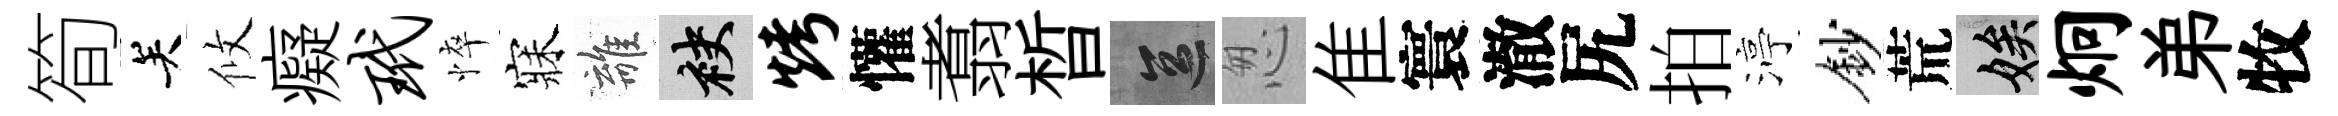
筍关攸癡玳悴寐離袂烤懽翥晳區怱隹寰澈尻拍渟鈔荒娭炯弟牧